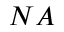
N A